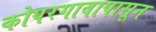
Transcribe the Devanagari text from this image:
कोपरगावापासून